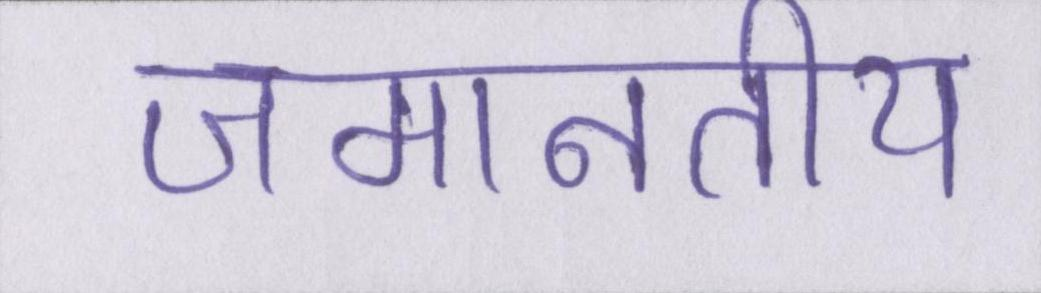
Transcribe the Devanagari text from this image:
जमानतीय